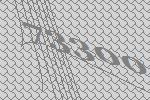
73300